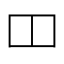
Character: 𫩏